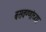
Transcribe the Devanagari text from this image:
बसवण्णांच्या